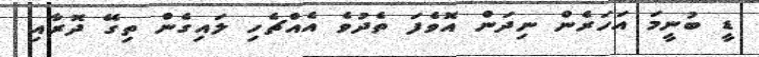
ޑީ ބުނީމަ އަހަރެން ނިދަން އޮވެފަ ތެދުވެ އެއްޗެހި ލައިގެން ތިގޭ ދޮރާއި